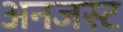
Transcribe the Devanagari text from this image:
अनजस्ट